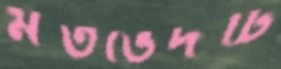
মতভেদটি